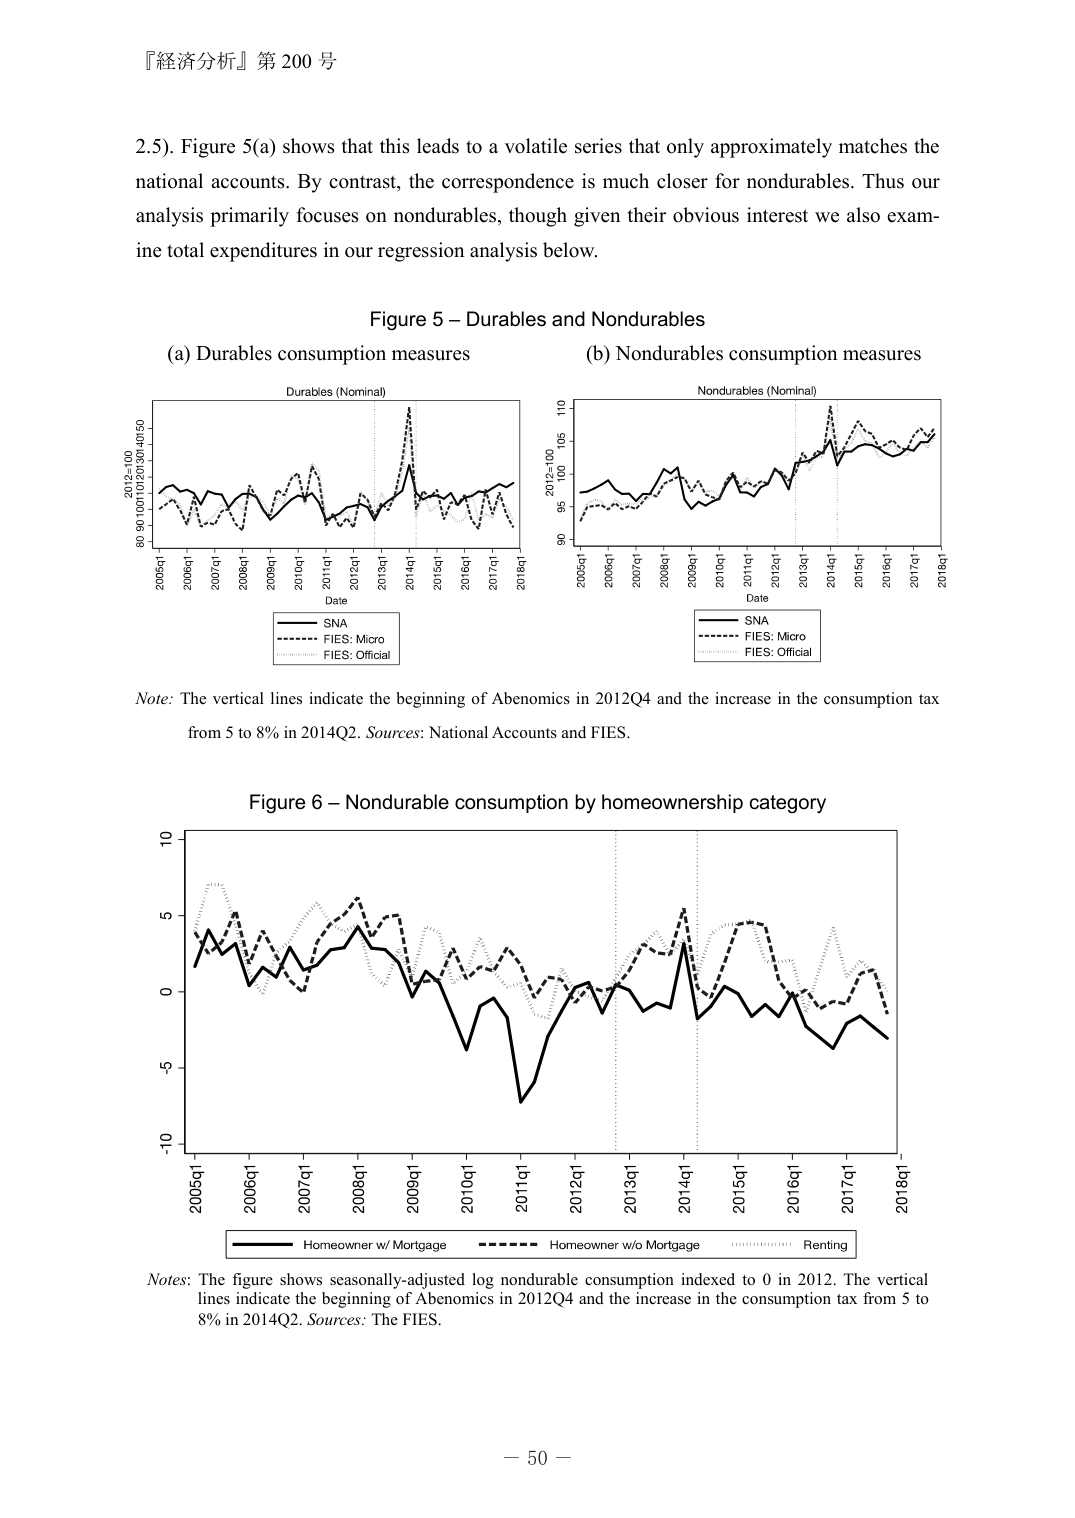
『経済分析』第 200 号

2.5). Figure 5(a) shows that this leads to a volatile series that only approximately matches the national accounts. By contrast, the correspondence is much closer for nondurables. Thus our analysis primarily focuses on nondurables, though given their obvious interest we also examine total expenditures in our regression analysis below.

Figure 5 – Durables and Nondurables

(a) Durables consumption measures
(b) Nondurables consumption measures

Durables (Nominal)
Nondurables (Nominal)

Date
Date

SNA
FIES: Micro
FIES: Official

SNA
FIES: Micro
FIES: Official

Note: The vertical lines indicate the beginning of Abenomics in 2012Q4 and the increase in the consumption tax from 5 to 8% in 2014Q2. Sources: National Accounts and FIES.

Figure 6 – Nondurable consumption by homeownership category

Homeowner w/ Mortgage
Homeowner w/o Mortgage
Renting

Notes: The figure shows seasonally-adjusted log nondurable consumption indexed to 0 in 2012. The vertical lines indicate the beginning of Abenomics in 2012Q4 and the increase in the consumption tax from 5 to 8% in 2014Q2. Sources: The FIES.

－ 50 －